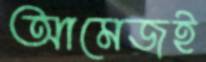
আমেজই